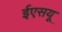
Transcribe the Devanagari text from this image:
ईएसयू